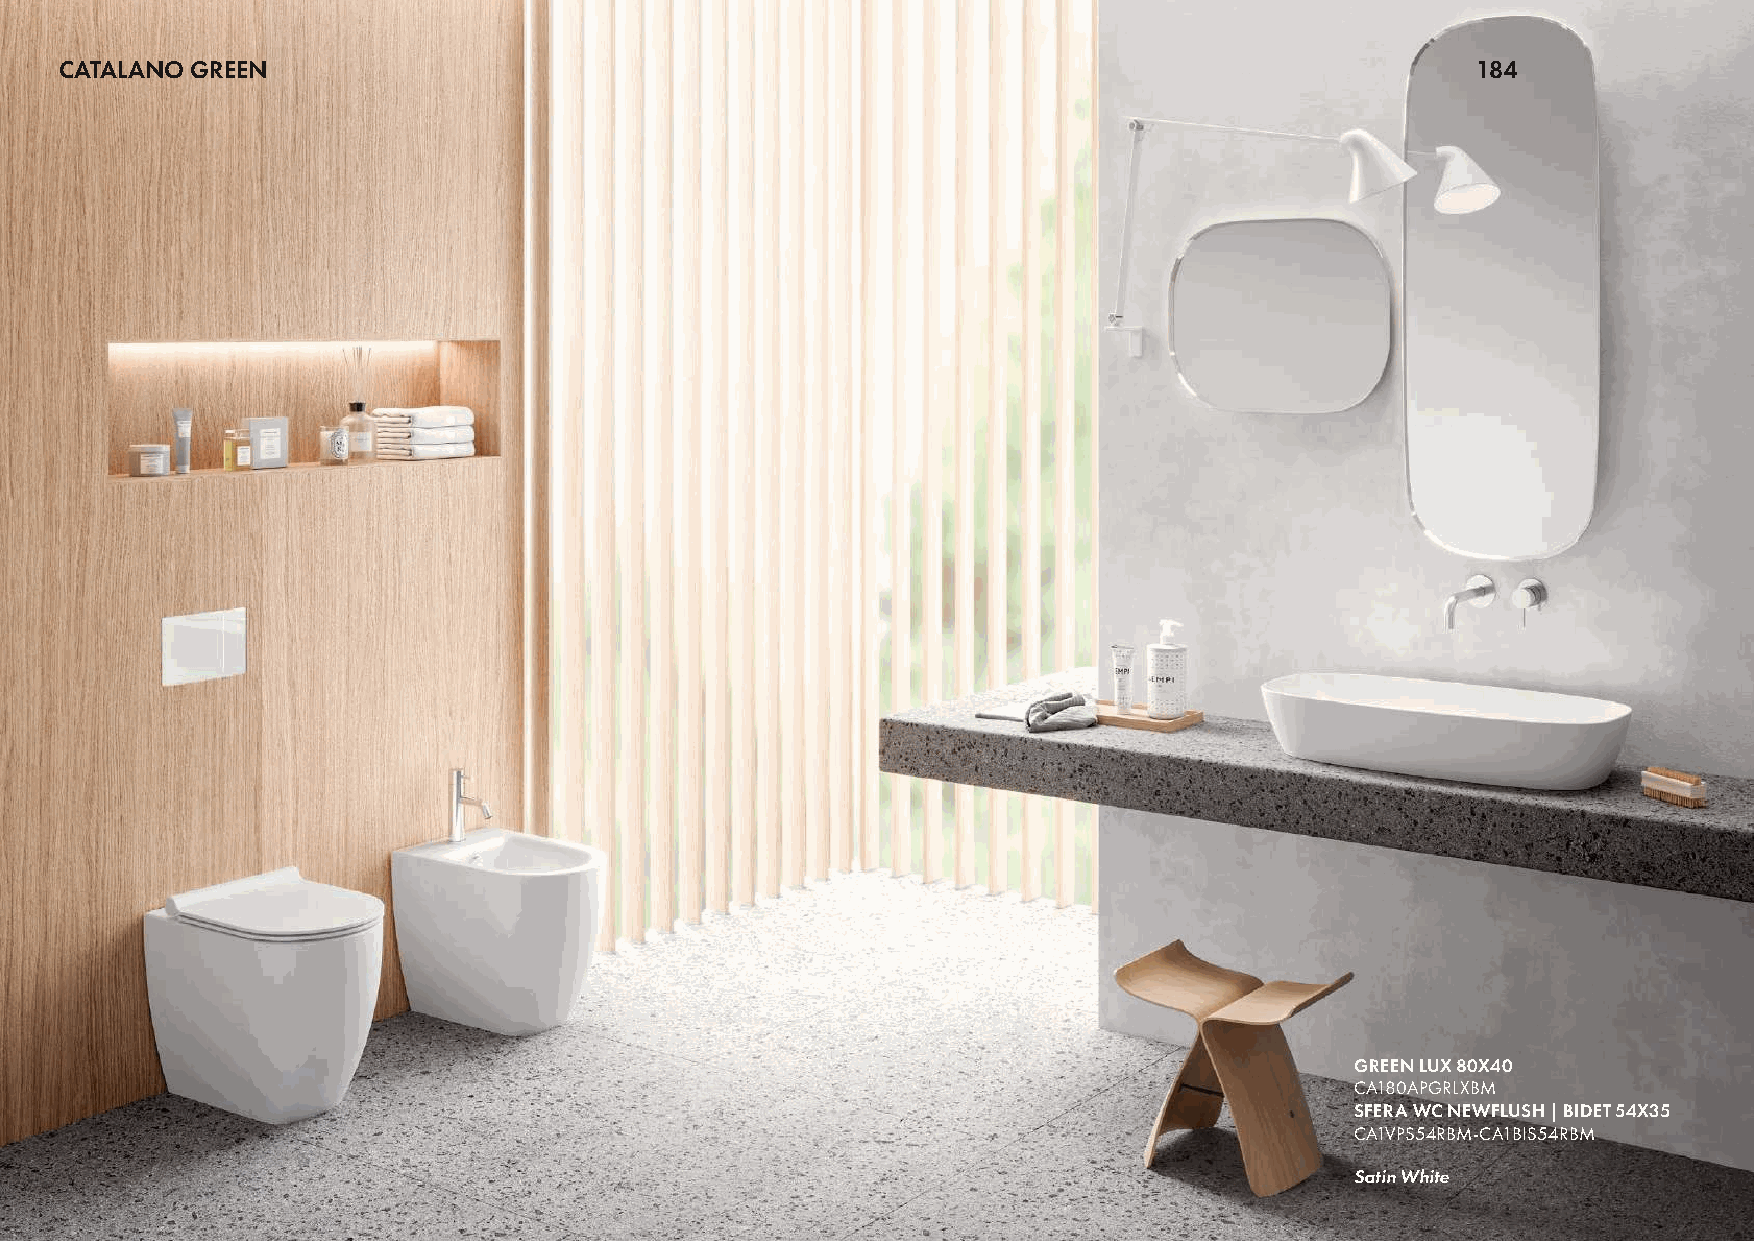
CATALANO GREEN                                                                                184
 GREEN LUX 80X40
 CA180APGRLXBM
 SFERA WC NEWFLUSH | BIDET 54X35
 CA1VPS54RBM-CA1BIS54RBM
 Satin White